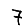
Digit: 7